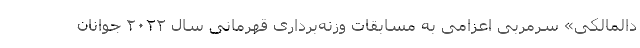
دالمالکی» سرمربی اعزامی به مسابقات وزنه‌برداری قهرمانی سال ۲۰۲۲ جوانان